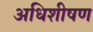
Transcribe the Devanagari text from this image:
अधिशीषण